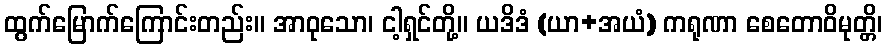
ထွက်မြောက်ကြောင်းတည်း။ အာဝုသော၊ ငါ့ရှင်တို့။ ယဒိဒံ (ယာ+အယံ) ကရုဏာ စေတောဝိမုတ္တိ၊